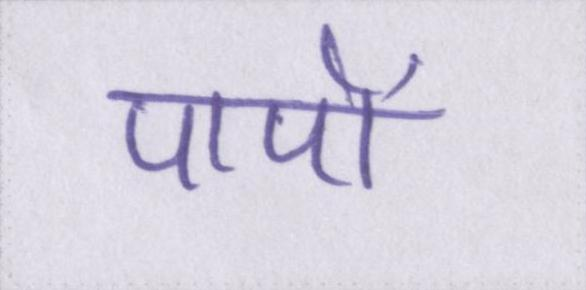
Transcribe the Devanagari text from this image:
पापों